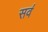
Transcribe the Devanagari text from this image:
सव॔